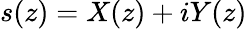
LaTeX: s(z)=X(z)+iY(z)